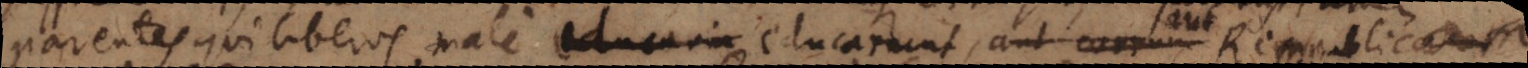
parentes qui liberos male educarin educarunt, aut corrum Rempubl